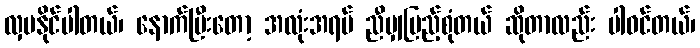
လှပနိုင်ပါတယ်၊ နောက်ပြီးတော့ အလုံးအရပ် ညီမျှပြည့်စုံတယ် ဆိုတာလည်း ပါဝင်တယ်၊